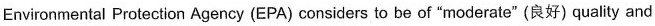
Environmental Protection Agency (EPA) considers to be of "moderate"(良好)quality and